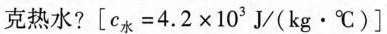
克热水?$$\left [ c _ { \text { 水 } } = 4 . 2 \times 10 ^ { 3 } \mathrm { ~ J } / \left ( \mathrm { k g } \cdot { } ^ { \circ } \mathrm { C } \right ) \right ]$$